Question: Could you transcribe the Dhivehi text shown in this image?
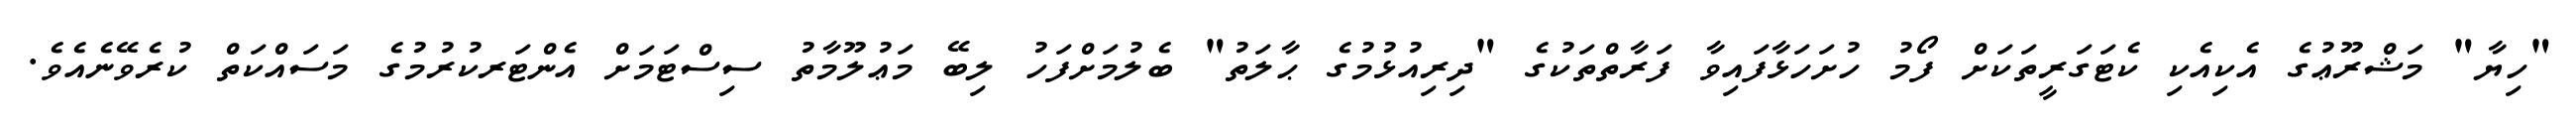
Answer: "ހިޔާ" މަޝްރޫޢުގެ އެކިއެކި ކެޓަގަރީތަކަށް ފޯމު ހުށަހަޅާފައިވާ ފަރާތްތަކުގެ "ދިރިއުޅުމުގެ ޙާލަތު" ބެލުމަށްފަހު ލިބޭ މަޢުލޫމާތު ސިސްޓަމަށް އެންޓަރކުރުމުގެ މަސައްކަތް ކުރެވޭނެއެވެ.